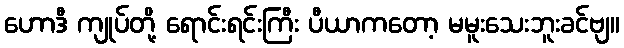
ဟောဒီ ကျုပ်တို့ ရောင်းရင်းကြီး ပီယာကတော့ မမူးသေးဘူးခင်ဗျ။